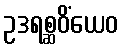
ဥဒရစ္ဆဝိံယေဝ